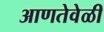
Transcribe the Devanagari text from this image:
आणतेवेळी